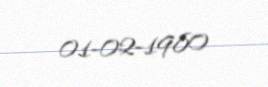
01-02-1980